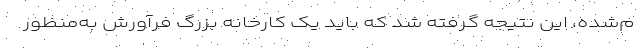
م‌شده، این نتیجه گرفته شد که باید یک کارخانه‌ بزرگ فرآورش به‌منظور